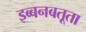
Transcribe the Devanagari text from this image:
इब्बनबतूता